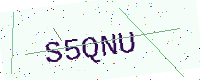
Text: S5QNU